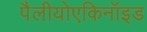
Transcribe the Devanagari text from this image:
पैलीयोएकिनॉइड